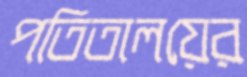
পতিতালয়ের